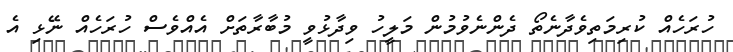
ހުރަހެއް ކުރިމަތިވެދާނެތޯ ދެންނެވުމުން މަލީހު ވިދާޅުވީ މުބާރާތަށް އެއްވެސް ހުރަހެއް ނޭޅި އެ